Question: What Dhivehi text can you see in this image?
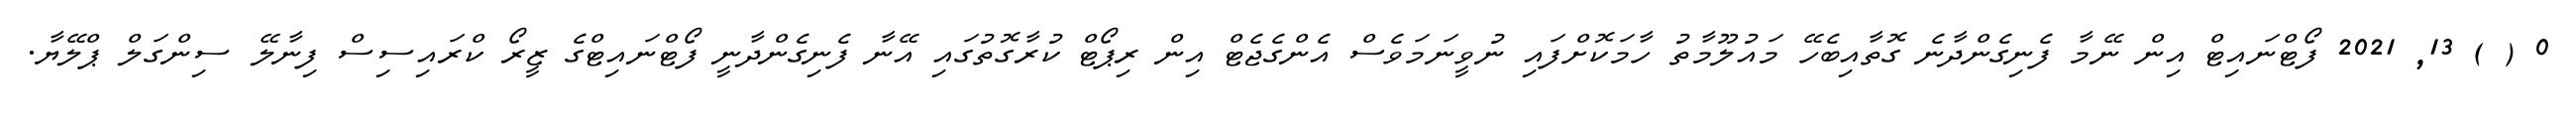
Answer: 0 ( ) 13, 2021 ފޯޓްނައިޓް އިން ނޭމާ ފެނިގެންދާނެ ގޮތާއިބެހޭ މައުލޫމާތު ހާމަކޮށްފައި ނުވީނަމަވެސް އެންގެޖެޓް އިން ރިޕޯޓް ކުރާގޮތުގައި އޭނާ ފެނިގެންދާނީ ފޯޓްނައިޓްގެ ޒީރޯ ކްރައިސިސް ފިނާލޭ ސިންގަލް ޕްލޭޔާ.